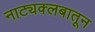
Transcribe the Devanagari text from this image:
नाट्यक्लबातून